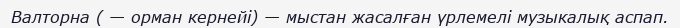
Валторна ( — орман кернейі) — мыстан жасалған үрлемелі музыкалық аспап.